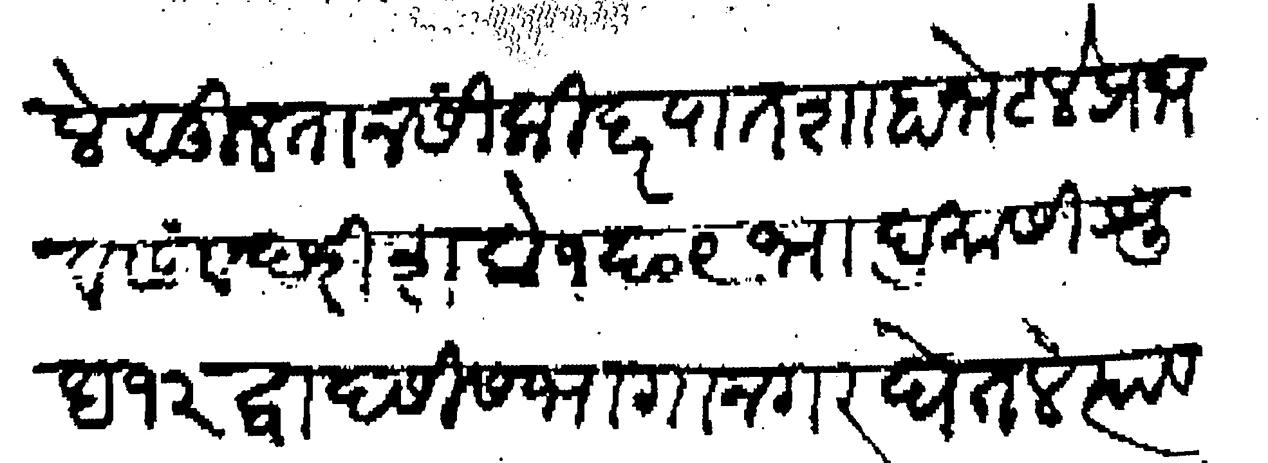
Transliteration (Devanagari): सुलतान सिकींदर पातशाहा भेटले प्रभव संवछरी शके १६०९ भाद्रमासी श्रुध १२ व्दादशीस भागानगर घेतले त्यावरी